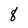
Character: 8